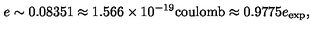
e \sim 0 . 0 8 3 5 1 \approx 1 . 5 6 6 \times 1 0 ^ { - 1 9 } \mathrm { c o u l o m b } \approx 0 . 9 7 7 5 e _ { \mathrm { e x p } } ,